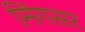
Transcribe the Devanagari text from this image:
मिंगसर